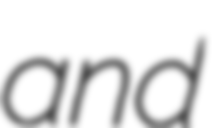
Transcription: and